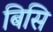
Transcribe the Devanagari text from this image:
बिसि